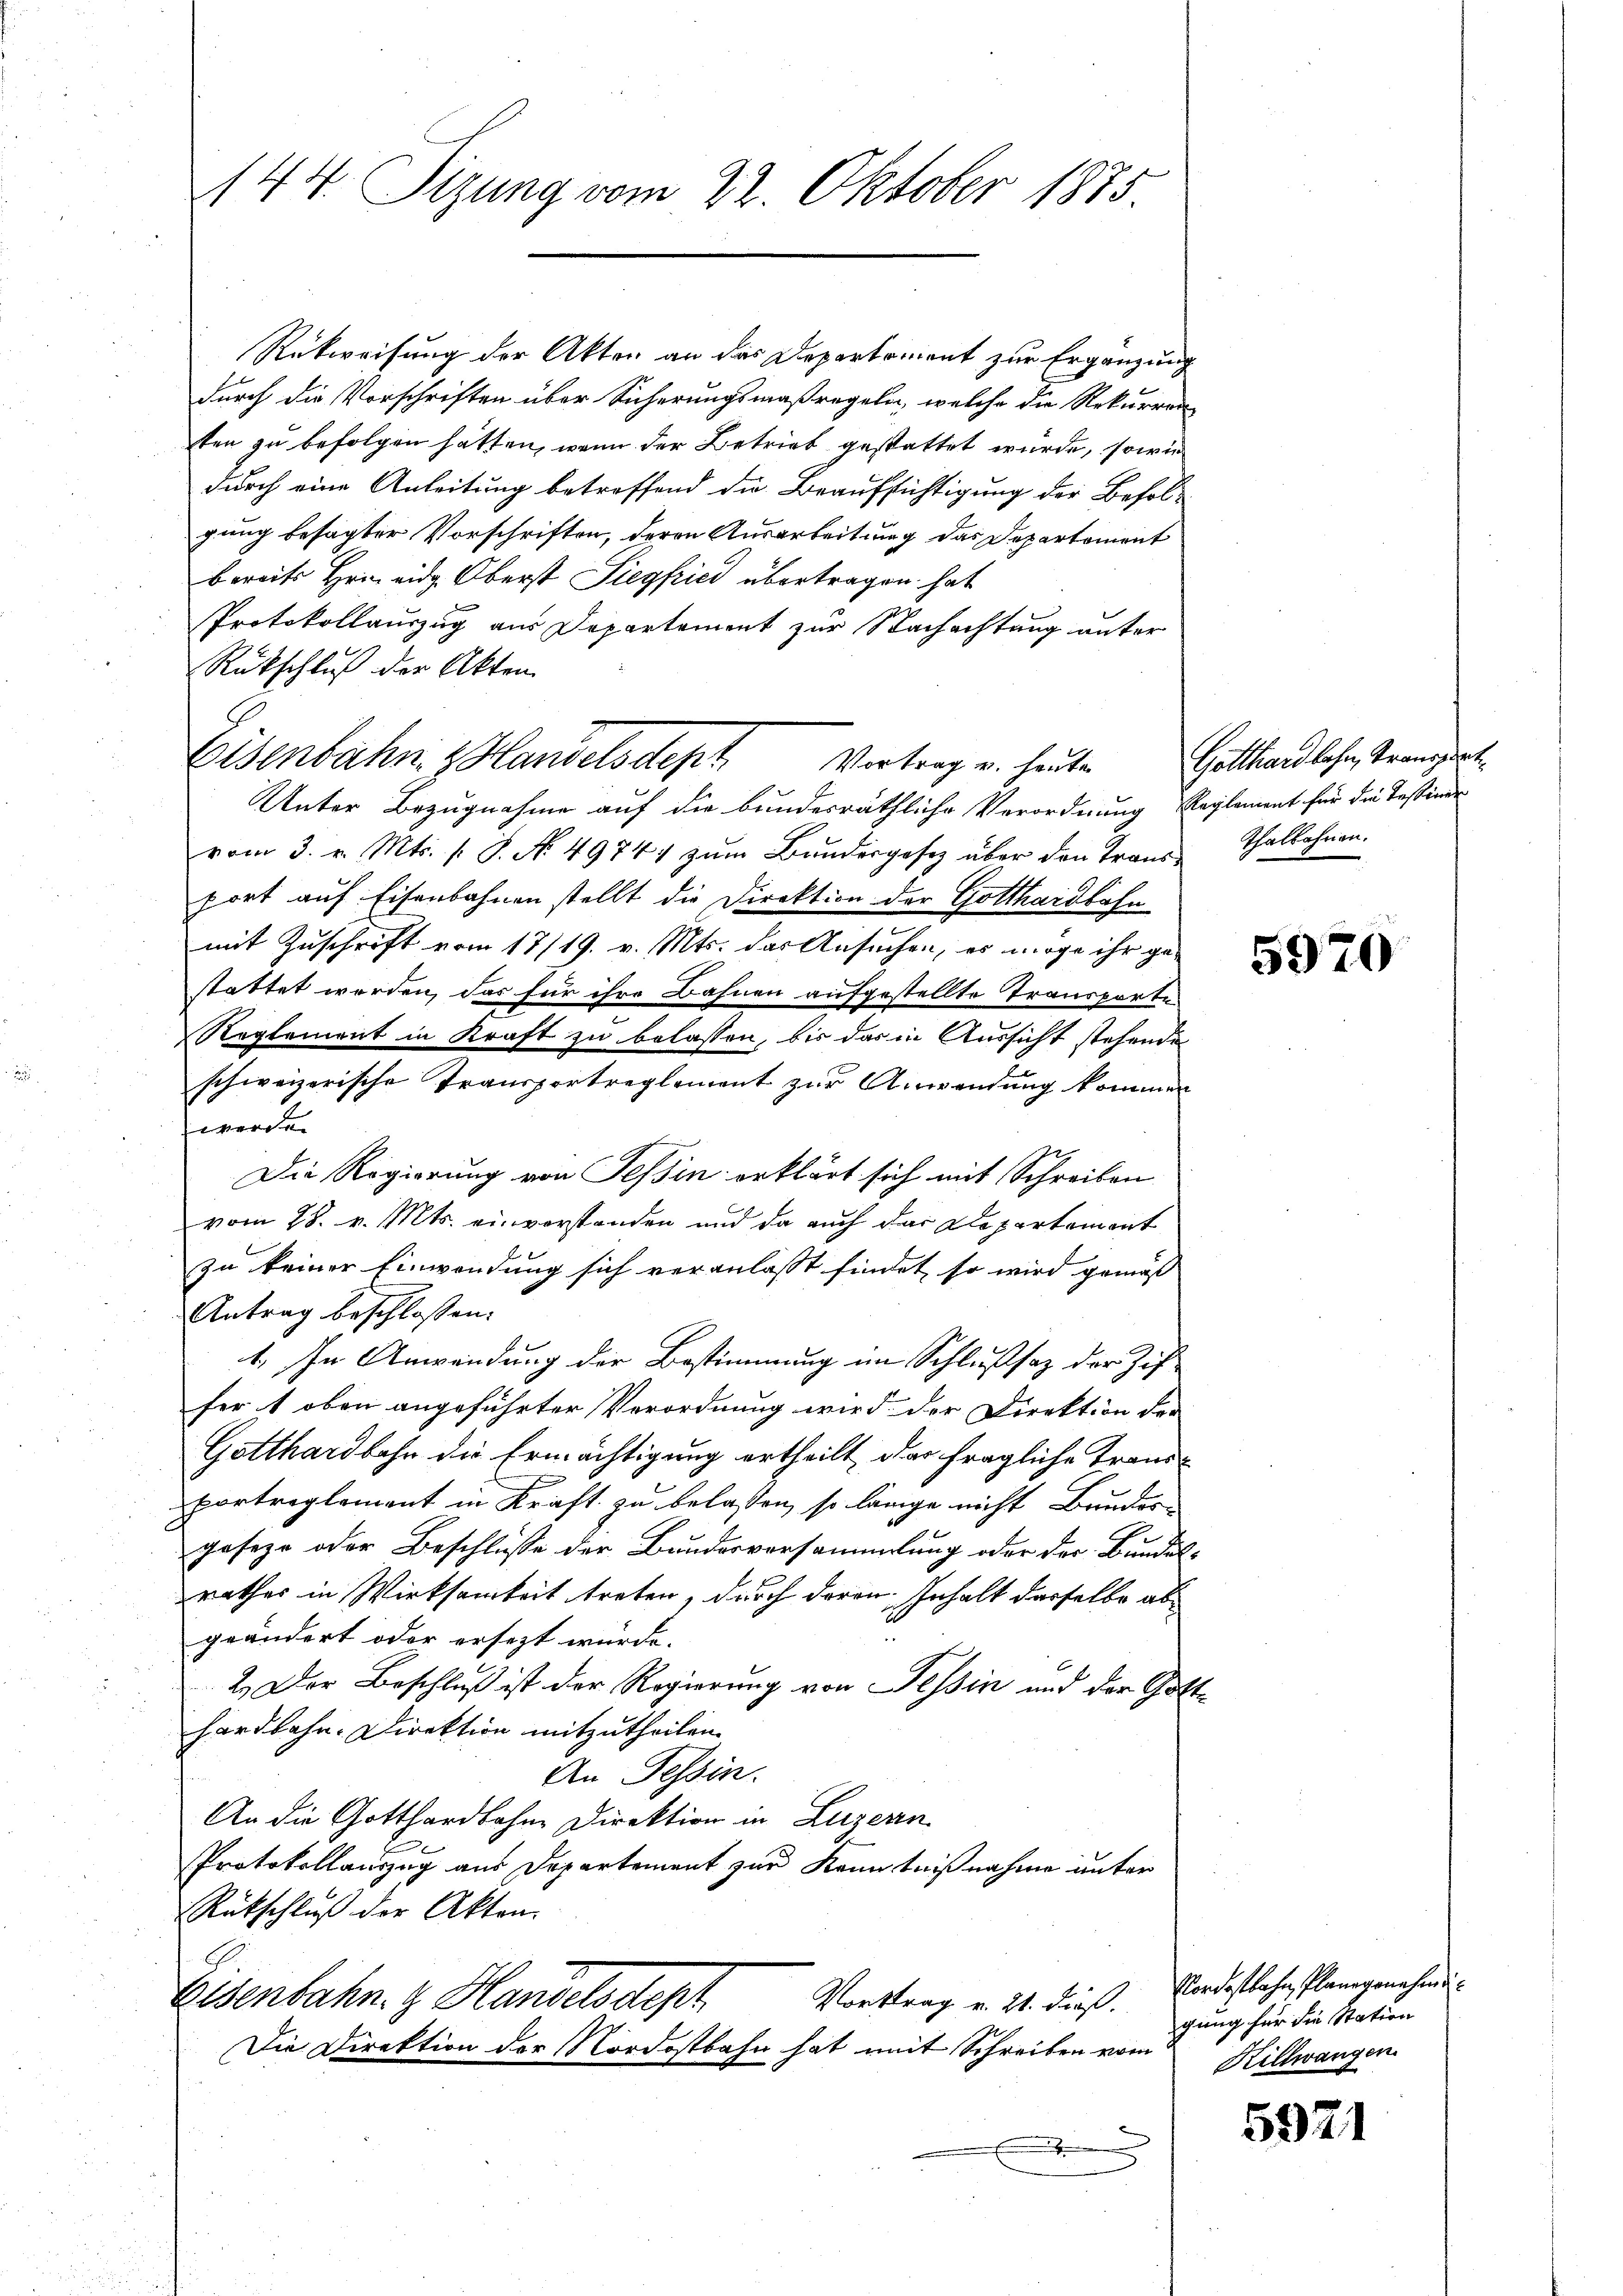
144. Sizung vom 22. Oktober 1875

Rükweisung der Akten an das Departement zur Ergänzung
durch die Vorschriften über Sicherungsmaßregeln, welche die Rekurren
ten zu befolgen hätten, wenn der Betrieb gestattet wurde, sowie
durch eine Anleitung betreffend die Beaufsichtigung der Besolgung besagter Vorschriften, deren Ausarbeitung das Departement
bereits Hein eidg. Oberst Siegfried übertragen hat
Protokollauszug aus Departement zur Nachachtung unter
Rückschluß der Akten.
Unter Bezugnahme auf die bundesräthliche Verordnung Reglement für die Testiner
vom 3. v. Mts. S. No 4974 zŭm Bandergesetz über den Trans Thalbahnen.
port auf Eisenbahnen stellt die Direktion der Gotthardbahn
mit Zuschrift vom 17/19. v. Mts. das Ansuchen, es möge ihr gestattet werden, das für ihre Bahnen aufgestellte Transporte
Reglement in Kraft zu belassen, bis das in Aussicht stehende
schweizerische Transportreglement zur Anwendung kommen
werden
Die Regierung von Tessin erklärt sich mit Schreiben
vom 28. v. Mts. einverstanden und da auch das Departement
zu keiner Einwendung sich veranlaßt findet, so wird gemäß
Antrag beschlossen:
1. In Anwendung der Bestimmung im Schlußsatz der Zuf
fer 1 oben angeführter Verordnung wird der Direktion der
Gotthardbahn die Ermächtigung ertheilt, das fragliche Trand-
portreglement in Kraft zu belassen, so länge nicht Bunder
geseze oder Beschlüsse der Bundesversammlung oder der Bundes-
rathes in Wirksamkeit treten, durch deren Inhalt dasselbe abgeändert oder ersezt würde.
2.) Der Beschluß ist der Regierung von Tessin und der Gotthardbahn- Direktion mitzutheilen.
An Tessin.
An die Gotthardbahne Direktion in Luzern
Protokollauszug aus Departement zur Kenntnißnahme unter
Rütschluß der Akten.
Vortrag v. 21. dieß. Nordostbahn, Planegenehmi¬
Eisenbahn. Handelsdept
Die Direktion der Nordostbahn hat mit Schreiben vom
.

Eisenbahn & Handelsdept Vortrag u. heute

Gotthardbahn, Transport

5970

gung für die Station
Hillwangen.

5921